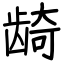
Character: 𬺈